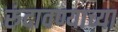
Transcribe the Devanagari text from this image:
रुंदावण्याच्या